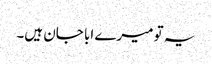
یہ تو میرے ابا جان ہیں۔